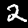
Label: 2